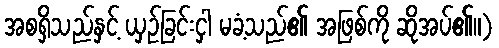
အစရှိသည်နှင့် ယှဉ်ခြင်းငှါ မခံ့သည်၏ အဖြစ်ကို ဆိုအပ်၏။)